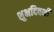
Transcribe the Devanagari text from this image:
शुभदिवशी